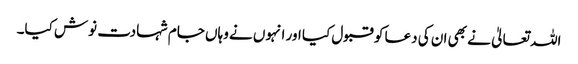
اللہ تعالیٰ نے بھی ان کی دعا کو قبول کیا اور انہوں نے وہاں جام شہادت نوش کیا۔